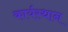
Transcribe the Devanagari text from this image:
कार्यस्‍थान